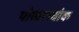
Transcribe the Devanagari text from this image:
पोखराथोक